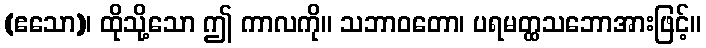
(ဧသော)၊ ထိုသို့သော ဤ ကာလကို။ သဘာဝတော၊ ပရမတ္ထသဘောအားဖြင့်။